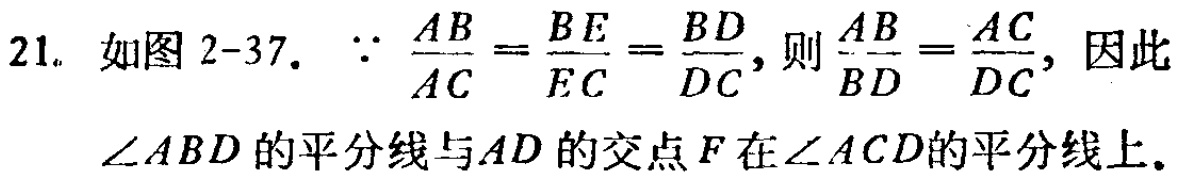
21. 如图 2-37.  $\because \frac{AB}{AC}=\frac{BE}{EC}=\frac{BD}{DC}$, 则 $\frac{AB}{BD}=\frac{AC}{DC}$, 因此
$\angle ABD$的平分线与$AD$的交点$F$在$\angle ACD$的平分线上.